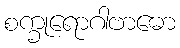
စက္ခုရောဂါဗာဓော